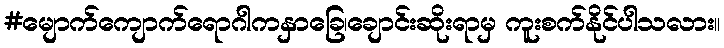
#မျောက်ကျောက်ရောဂါကနှာခြေ၊ချောင်းဆိုးရာမှ ကူးစက်နိုင်ပါသလား။